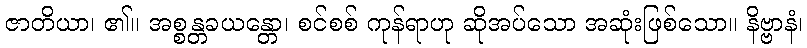
ဇာတိယာ၊ ၏။ အစ္စန္တခယန္တော၊ စင်စစ် ကုန်ရာဟု ဆိုအပ်သော အဆုံးဖြစ်သော။ နိဗ္ဗာနံ၊